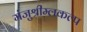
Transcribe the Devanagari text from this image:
मंजुश्रीम्लकल्प